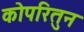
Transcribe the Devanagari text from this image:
कोपरितुन